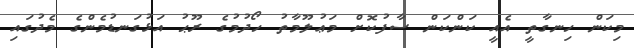
މިކަން ހިނގާތީ އެއީ ކަންކަން ސާފުކޮށް މަޢުލޫމާތު ހޯދުމުގެ ރޫޙު އަޅުގަނޑުމެންގެ މެދުގައި